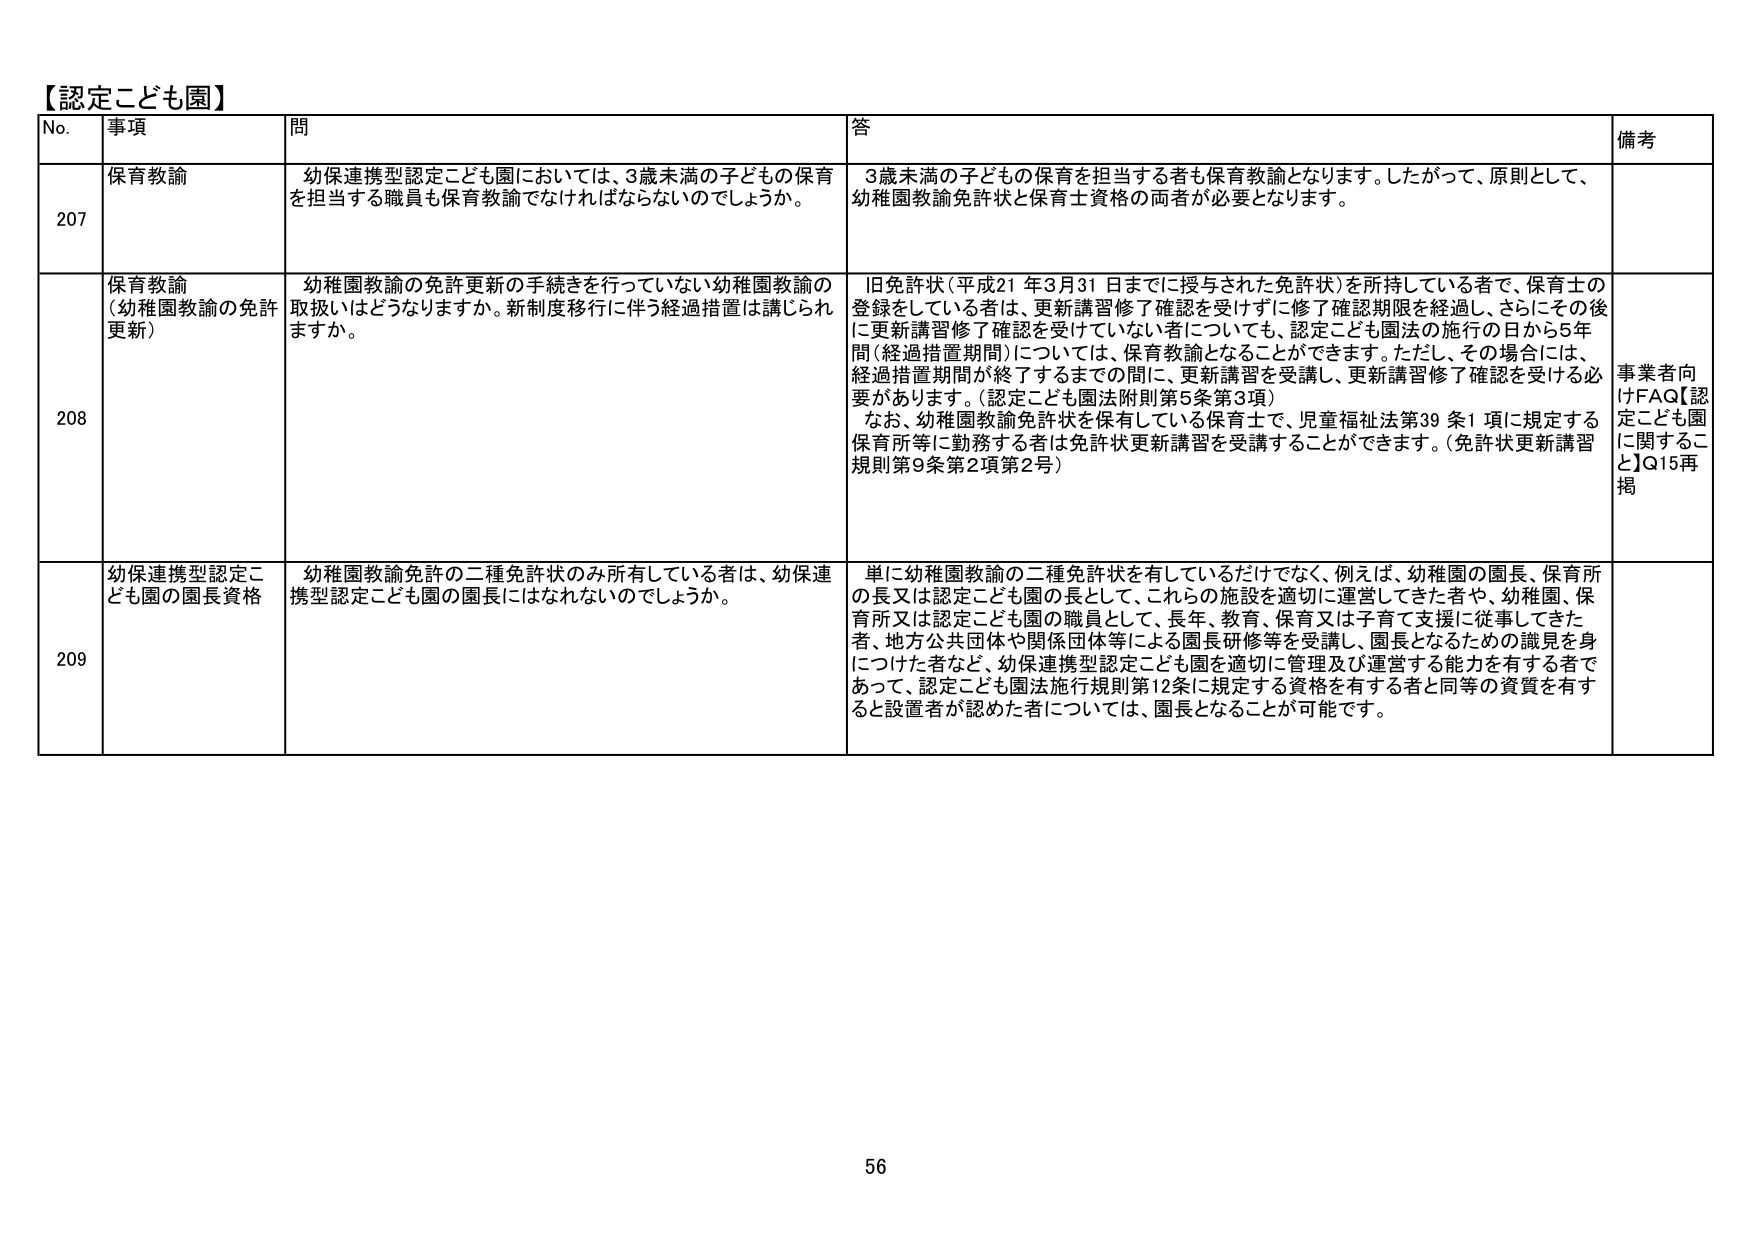
【認定こども園】
No. 事項 問 答 備考
207 保育教諭 幼保連携型認定こども園においては、3歳未満の子どもの保育を担当する職員も保育教諭でなければならないのでしょうか。 3歳未満の子どもの保育を担当する者も保育教諭となります。したがって、原則として、幼稚園教諭免許状と保育士資格の両者が必要となります。
208 保育教諭（幼稚園教諭の免許更新） 幼稚園教諭の免許更新の手続きを行っていない幼稚園教諭の取扱いはどうなりますか。新制度移行に伴う経過措置は講じられますか。 旧免許状（平成21年3月31日までに授与された免許状）を所持している者で、保育士の登録をしている者は、更新講習修了確認を受けずにも修了確認期限を経過し、さらにその後に更新講習修了確認を受けていない者についても、認定こども園法の施行の日から5年間（経過措置期間）については、保育教諭となることができます。ただし、その場合には、経過措置期間が終了するまでの間に、更新講習を受講し、更新講習修了確認を受ける必要があります。（認定こども園法附則第5条第3項） なお、幼稚園教諭免許状を保有している保育士で、児童福祉法第39条1項に規定する保育所等に勤務する者は免許状更新講習を受講することができます。（免許状更新講習規則第9条第2項第2号） 事業者向けFAQ【認定こども園に関すること】Q15再掲
209 幼保連携型認定こども園の園長資格 幼稚園教諭免許の二種免許状のみ所有している者は、幼保連携型認定こども園の園長にはなれないのでしょうか。 単に幼稚園教諭の二種免許状を有しているだけでなく、例えば、幼稚園の園長、保育所の長又は認定こども園の長として、これらの施設を適切に運営してきた者や、幼稚園、保育所又は認定こども園の職員として、長年、教育、保育又は子育て支援に従事してきた者、地方公共団体や関係団体等による園長研修等を受講し、園長となるための識見を身につけた者など、幼保連携型認定こども園を適切に管理及び運営する能力を有する者であって、認定こども園法施行規則第12条に規定する資格を有する者と同等の資質を有すると設置者が認めた者については、園長となることが可能です。
56